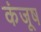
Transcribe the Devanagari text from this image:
कंजूष